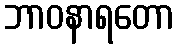
ဘာဝနာရတော